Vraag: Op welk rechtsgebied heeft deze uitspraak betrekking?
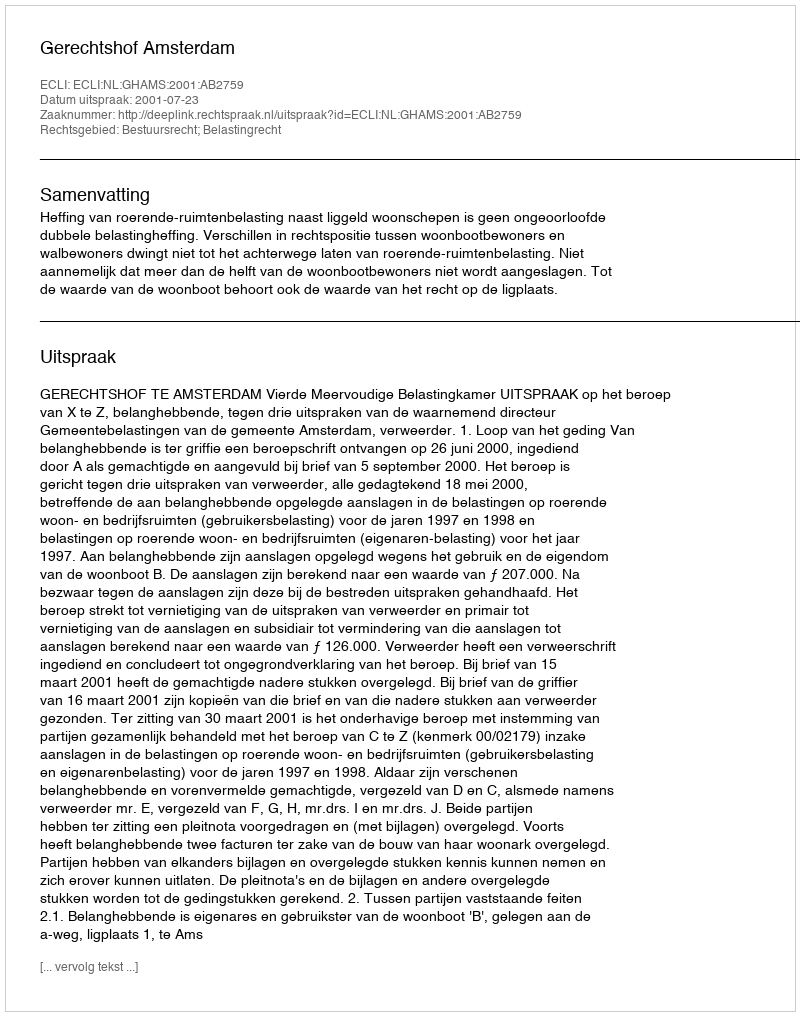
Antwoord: Bestuursrecht; Belastingrecht